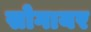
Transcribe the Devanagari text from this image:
सोगायर